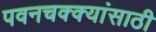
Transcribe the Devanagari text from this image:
पवनचक्क्यांसाठी